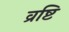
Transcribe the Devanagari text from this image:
व्रष्टि